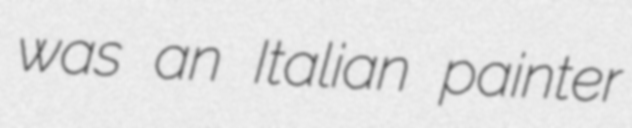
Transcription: was an Italian painter